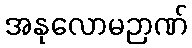
အနုလောမဉာဏ်